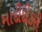
માદીદીકરી